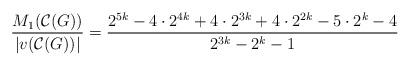
LaTeX: \begin{align*}\dfrac{M_{1}(\mathcal{C}(G))}{|v(\mathcal{C}(G))|}=\dfrac{2^{5k}-4 \cdot 2^{4k} + 4 \cdot 2^{3k} +4 \cdot 2^{2k} -5 \cdot 2^{k} -4}{2^{3k}-2^{k}-1}\end{align*}